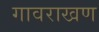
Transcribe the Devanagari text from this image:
गावराखण